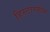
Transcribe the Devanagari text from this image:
हिस्टास्पीस